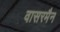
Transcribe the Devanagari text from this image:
वासरमैन